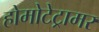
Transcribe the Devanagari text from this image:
होमोटेट्रामर